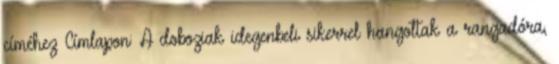
címéhez Címlapon: A doboziak idegenbeli sikerrel hangoltak a rangadóra,